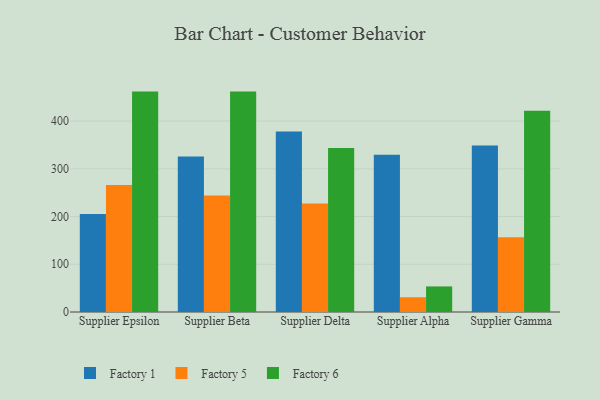
{"axis": {"x": "Supplier", "y": "Population (Million)"}, "legend": ["Factory 1", "Factory 5", "Factory 6"], "data": [{"x": "Supplier Epsilon", "y": 205.3, "type": "Factory 1"}, {"x": "Supplier Epsilon", "y": 266.3, "type": "Factory 5"}, {"x": "Supplier Epsilon", "y": 461.8, "type": "Factory 6"}, {"x": "Supplier Beta", "y": 325.9, "type": "Factory 1"}, {"x": "Supplier Beta", "y": 244.2, "type": "Factory 5"}, {"x": "Supplier Beta", "y": 461.8, "type": "Factory 6"}, {"x": "Supplier Delta", "y": 378.3, "type": "Factory 1"}, {"x": "Supplier Delta", "y": 227.5, "type": "Factory 5"}, {"x": "Supplier Delta", "y": 343.5, "type": "Factory 6"}, {"x": "Supplier Alpha", "y": 329.6, "type": "Factory 1"}, {"x": "Supplier Alpha", "y": 30.9, "type": "Factory 5"}, {"x": "Supplier Alpha", "y": 53.6, "type": "Factory 6"}, {"x": "Supplier Gamma", "y": 349.0, "type": "Factory 1"}, {"x": "Supplier Gamma", "y": 156.4, "type": "Factory 5"}, {"x": "Supplier Gamma", "y": 421.7, "type": "Factory 6"}]}